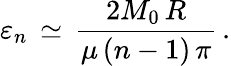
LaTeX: \varepsilon_{n}\, \simeq\, \frac{2M_{0}\, R}{\mu\, (n-1)\, \pi}\, {.}